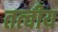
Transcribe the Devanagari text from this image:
तत्‍वीय